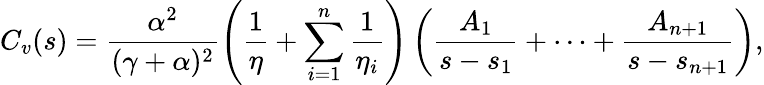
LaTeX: C_{v}(s)=\frac{\alpha^{2}}{(\gamma+\alpha)^{2}}\left(\frac{1}{\eta}+\sum_{i=1}^{n}\frac{1}{\eta_{i}}\right)\left(\frac{A_{1}}{s-s_{1}}+\cdots+\frac{A_{n+1}}{s-s_{n+1}}\right),